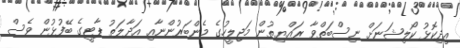
އިދިކޮޅު ކޯލިޝަނަށް ނިސްބަތްވާ ރައްޔިތުން މަޖިލީހުގެ މެންބަރުންނާއި އަދާލަތު ޕާޓީގެ ބޭފުޅުން ވެސް